system: You are a helpful assistant.
user:
Analyze the provided spectrum to determine if it is a **"Cataclysmic Variables (CV)"**.

- **Key Indicators for CV (Check for either state):**
    - **State 1: Quiescent / Low-State (Emission-Dominated)**
        - **(Primary):** Strong and *very broad* Hydrogen Balmer emission lines (e.g., $H\alpha$ at 6563 Å, $H\beta$ at 4861 Å). The 'broadness' (high velocity dispersion, often FWHM > 1000 km/s) is the key diagnostic, indicating a high-velocity accretion disk.
        - **(Secondary):** Broad neutral Helium (He I) emission lines (e.g., 5876 Å, 6678 Å).
        - **(Key Confirmation):** Presence of high-excitation *ionized* Helium (He II) emission at 4686 Å. This is a strong indicator of accretion onto a white dwarf.
        - **(Line Profile):** Emission lines may exhibit a 'double-peaked' profile, which is a classic signature of a rotating accretion disk viewed at high inclination.

    - **State 2: Outburst / High-State (Absorption-Dominated)**
        - **(Primary):** Spectrum is dominated by a bright, blue continuum (looks like a hot star).
        - **(Secondary):** The emission lines from State 1 are weak, absent, or 'filled in', and are replaced by broad, shallow *absorption* lines (primarily Balmer and He I).
        - **(Morphology):** The overall spectrum mimics a hot B/A-type star. The crucial difference is that the absorption lines are significantly broader, shallower, and more 'washed-out' (or 'smeared') than the sharp lines of a normal stellar photosphere, due to high rotational speeds and pressure broadening in the disk.

Think first, call **spectral_visualization_tool** if needed to examine features in detail, then provide your final answer. Your response must adhere to the following strict rules:
1.  **Overall Structure:** Your response must follow the format `<think>...</think> <tool_call>...</tool_call> (if a tool is used) <answer>...</answer>`.
2.  **Tool Usage Constraint:** You may only make **one** tool call per turn.
3.  **Final Answer Format:** In the `<answer>` tag, your conclusion must be inside a `\boxed{}` command (e.g., `\boxed{YES}`), followed by your justification.

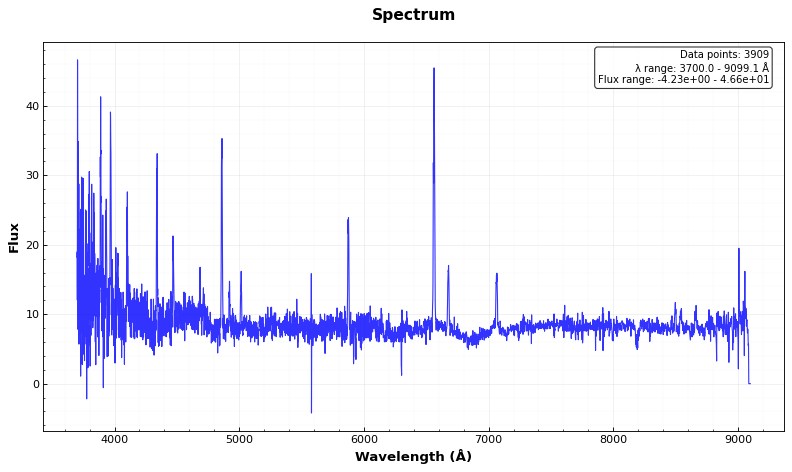
Answer: YES